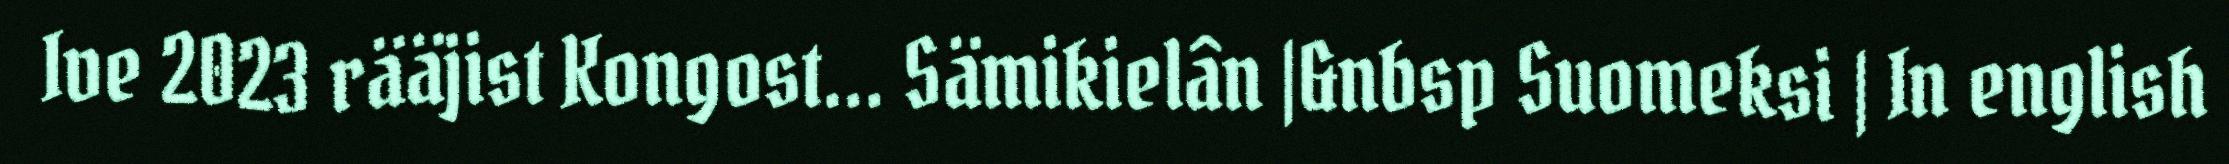
Ive 2023 rääjist Kongost... Sämikielân |&nbsp Suomeksi | In english